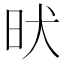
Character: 𣅤